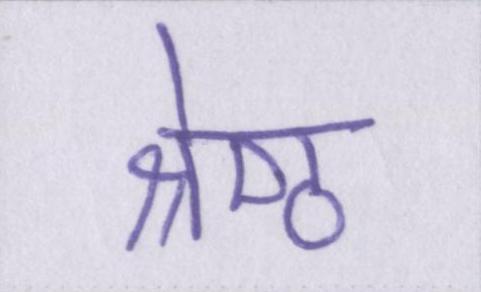
श्रेष्ठ